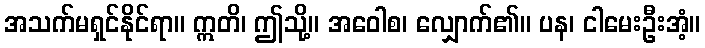
အသက်မရှင်နိုင်ရာ။ ဣတိ၊ ဤသို့။ အဝေါစ၊ လျှောက်၏။ ပန၊ ငါမေးဦးအံ့။